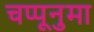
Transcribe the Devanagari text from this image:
चप्पूनुमा